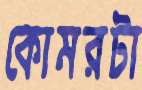
কোমরটা